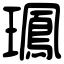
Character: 𤪧